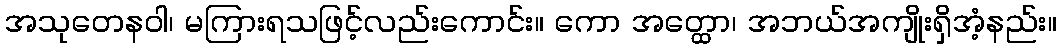
အသုတေနဝါ၊ မကြားရသဖြင့်လည်းကောင်း။ ကော အတ္ထော၊ အဘယ်အကျိုးရှိအံ့နည်း။